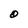
Character: O